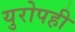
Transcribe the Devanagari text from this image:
युरोपही